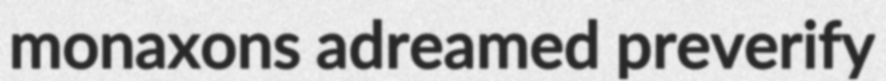
monaxons adreamed preverify